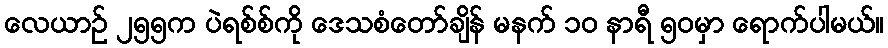
လေယာဉ် ၂၅၅က ပဲရစ်စ်ကို ဒေသစံတော်ချိန် မနက် ၁၀ နာရီ ၅၀မှာ ရောက်ပါမယ်။